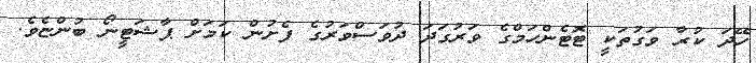
ހޭދަ ކުރާ ވަގުތަކީ ޓޮޓެންހަމްގެ ވަރުގަދަ ދުވަސްވަރުގެ ފެށުން ކަމަށް ޕާޝަޓީނޯ ބުންޏެވެ.